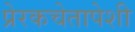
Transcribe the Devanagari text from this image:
प्रेरकचेतापेशी